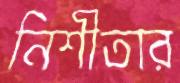
নিশীতার